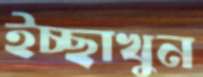
ইচ্ছাখুন